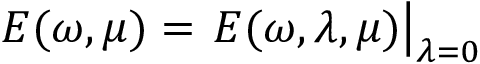
E ( \omega , \mu ) = \left. E ( \omega , \lambda , \mu ) \right| _ { \lambda = 0 }